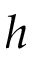
h